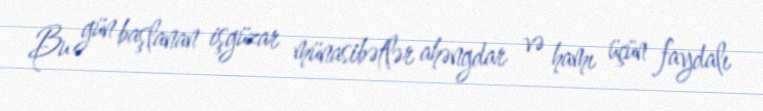
Bu gün başlanan işgüzar münasibətlər ahəngdar və hamı üçün faydalı